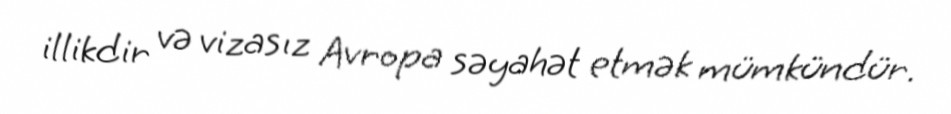
illikdir və vizasız Avropa səyahət etmək mümkündür.